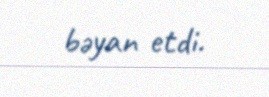
bəyan etdi.